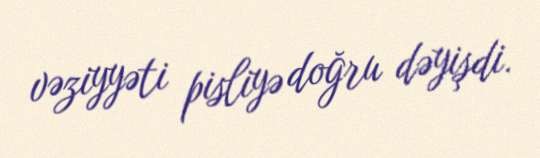
vəziyyəti pisliyə doğru dəyişdi.